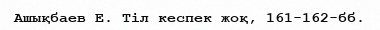
Ашықбаев Е. Тіл кеспек жоқ, 161-162-бб.